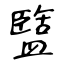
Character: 盬